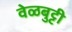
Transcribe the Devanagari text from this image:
वेळबुट्टी